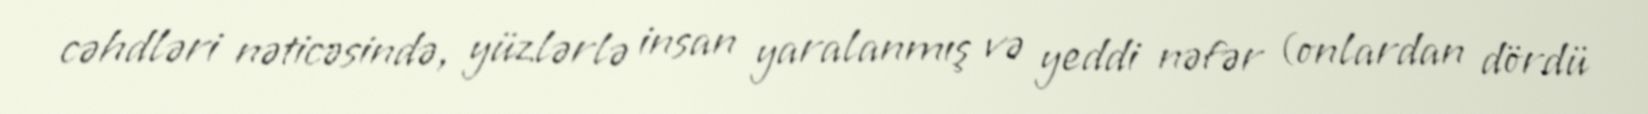
cəhdləri nəticəsində, yüzlərlə insan yaralanmış və yeddi nəfər (onlardan dördü